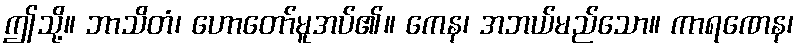
ဤသို့။ ဘာသိတံ၊ ဟောတော်မူအပ်၏။ ကေန၊ အဘယ်မည်သော။ ကာရဏေန၊